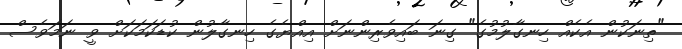
"ތިނަކުން އެކެއް ހިނގާލުމުގެ" ގިނަ ބައިވެރިންނަށް އިއްޔެގެ ހިނގާލުން ކުޑަކަމަކަށް ވީ ނަމަވެސް